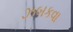
ઝબકવા